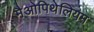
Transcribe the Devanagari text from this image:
मैओपिथेलियम